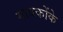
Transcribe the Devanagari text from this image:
गायकोंके